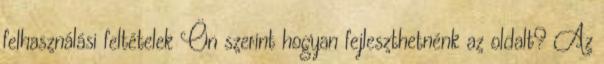
felhasználási feltételek Ön szerint hogyan fejleszthetnénk az oldalt? Az